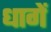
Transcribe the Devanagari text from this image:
धागें